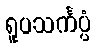
ရူပသင်္ကပ္ပံ